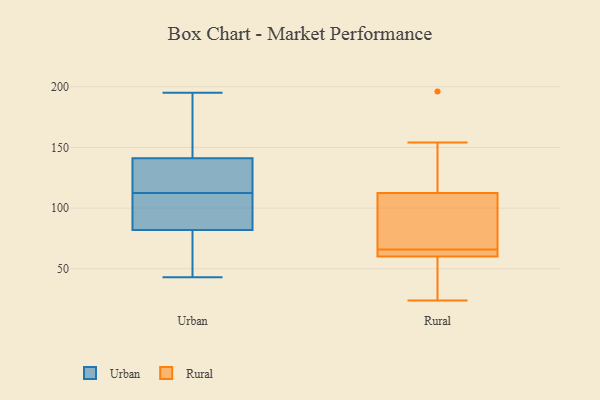
{"axis": {"x": "Revenue (USD Million)", "y": "Value"}, "legend": ["Rural", "Urban"], "data": [{"x": "", "y": 120, "type": "Urban"}, {"x": "", "y": 105, "type": "Urban"}, {"x": "", "y": 43, "type": "Urban"}, {"x": "", "y": 58, "type": "Urban"}, {"x": "", "y": 181, "type": "Urban"}, {"x": "", "y": 105, "type": "Urban"}, {"x": "", "y": 82, "type": "Urban"}, {"x": "", "y": 195, "type": "Urban"}, {"x": "", "y": 141, "type": "Urban"}, {"x": "", "y": 130, "type": "Urban"}, {"x": "", "y": 87, "type": "Urban"}, {"x": "", "y": 137, "type": "Urban"}, {"x": "", "y": 163, "type": "Urban"}, {"x": "", "y": 43, "type": "Urban"}, {"x": "", "y": 24, "type": "Rural"}, {"x": "", "y": 114, "type": "Rural"}, {"x": "", "y": 108, "type": "Rural"}, {"x": "", "y": 60, "type": "Rural"}, {"x": "", "y": 56, "type": "Rural"}, {"x": "", "y": 61, "type": "Rural"}, {"x": "", "y": 196, "type": "Rural"}, {"x": "", "y": 154, "type": "Rural"}, {"x": "", "y": 66, "type": "Rural"}, {"x": "", "y": 80, "type": "Rural"}, {"x": "", "y": 66, "type": "Rural"}]}